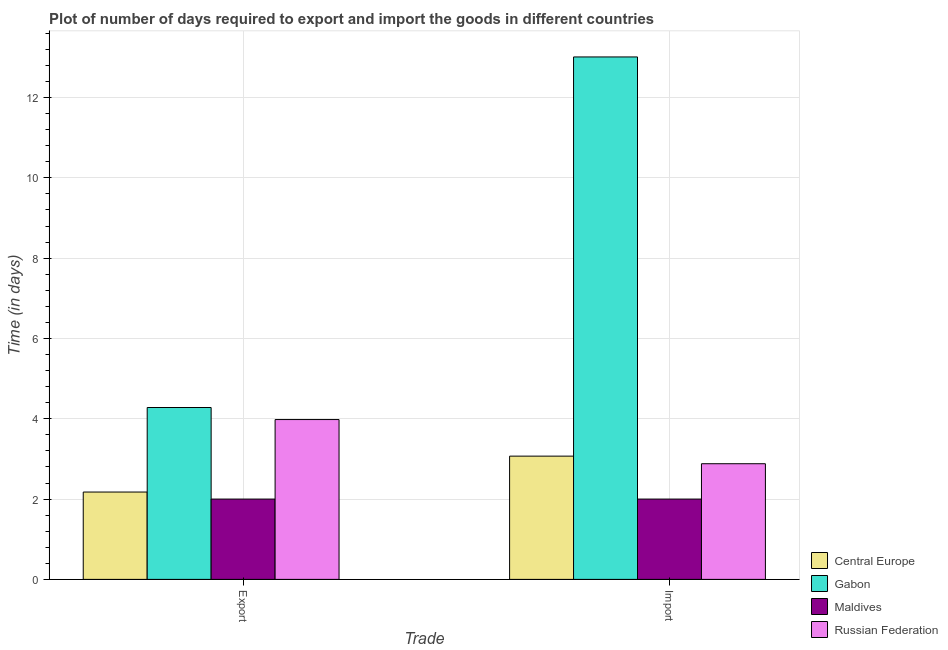
| Trade | Central Europe | Gabon | Maldives | Russian Federation |
 | --- | --- | --- | --- | --- |
 | Export | 2.17 | 4.28 | 2 | 3.98 |
 | Import | 3.07 | 13 | 2 | 2.88 |